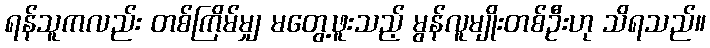
ရန်သူကလည်း တစ်ကြိမ်မျှ မတွေ့ဖူးသည့် မွန်လူမျိုးတစ်ဦးဟု သိရသည်။